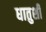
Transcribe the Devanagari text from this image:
धातुशी